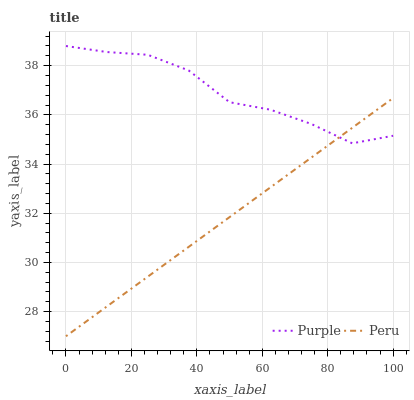
| xaxis_label | Purple | Peru |
 | --- | --- | --- |
 | 0 | 38.8 | 27 |
 | 12.5 | 38.6 | 28.2 |
 | 25 | 38.4 | 29.4 |
 | 37.5 | 37.8 | 30.6 |
 | 50 | 36.5 | 31.8 |
 | 62.5 | 36.2 | 33.1 |
 | 75 | 35.6 | 34.3 |
 | 87.5 | 34.8 | 35.5 |
 | 100 | 35.2 | 36.7 |